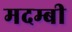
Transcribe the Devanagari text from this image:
मदम्बी